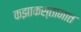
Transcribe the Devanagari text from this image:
कझाकस्तानात